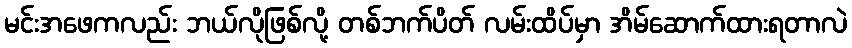
မင်းအဖေကလည်း ဘယ်လိုဖြစ်လို့ တစ်ဘက်ပိတ် လမ်းထိပ်မှာ အိမ်ဆောက်ထားရတာလဲ